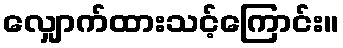
လျှောက်ထားသင့်ကြောင်း။